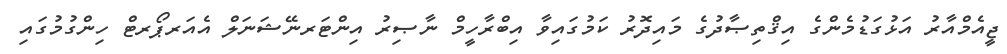
ޖީއެމްއާރު އަޅުގަޑުމެންގެ އިޤްތިޞާދުގެ މައިދޮރު ކަމުގައިވާ އިބްރާހީމް ނާޞިރު އިންޓަރނޭޝަނަލް އެއަރޕޯރޓް ހިންގުމުގައި